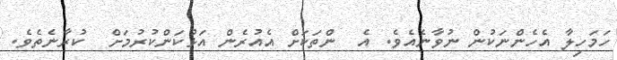
ހަމަހިލާ އެހެންނަކުން ނުވާނެއެވެ. އެ  ންތަކަށް އެއުރެން އަޅުކަންކުރުމަށް  ކުރާނެތެވެ.